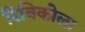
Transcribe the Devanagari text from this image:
रिबिकोला